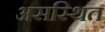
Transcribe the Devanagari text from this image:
असस्थित